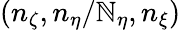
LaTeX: (n_{\zeta},n_{\eta}/\mathbb{N}_{\eta},n_{\xi})